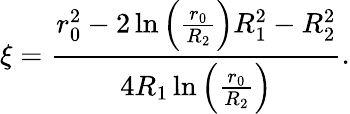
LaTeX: \xi=\frac{r_{0}^{2}-2\ln\left(\frac{r_{0}}{R_{2}}\right)R_{1}^{2}-R_{2}^{2}}{4R_{1}\ln\left(\frac{r_{0}}{R_{2}}\right)}.